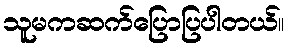
သူမကဆက်ပြောပြပါတယ်။